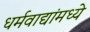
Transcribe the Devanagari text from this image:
धर्मवाद्यांमध्ये